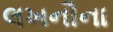
લખનૌના